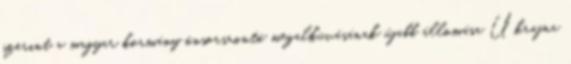
szerint a magyar kormány önsorsrontó megalkuvásának újabb állomása Ukrajna